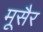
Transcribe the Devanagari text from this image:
मूसैर